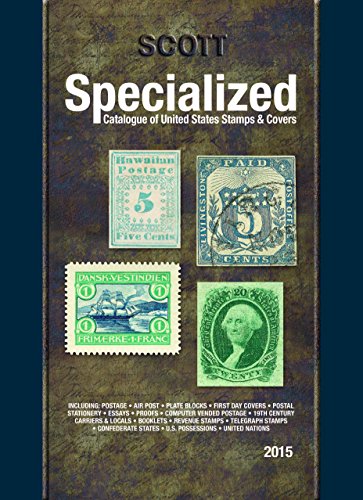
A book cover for Scott Specialized Catalogue of United States Stamps & Covers; Charles Snee; Crafts, Hobbies & Home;